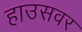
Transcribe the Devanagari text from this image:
हाउसवर